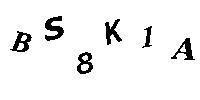
BS8K1A